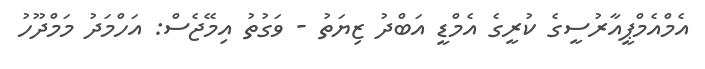
އެމްއެމްޕީއާރުސީގެ ކުރީގެ އެމްޑީ އަބްދު ޒިޔަތު - ވަގުތު އިމޭޖެސް: އަހްމަދު މަމްދޫހު